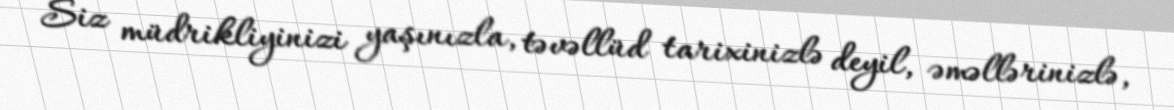
Siz müdrikliyinizi yaşınızla, təvəllüd tarixinizlə deyil, əməllərinizlə,